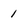
Character: 1